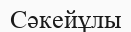
Сәкейұлы